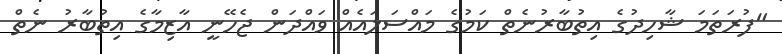
"ފުރަތަމަ ޝާހިދުގެ އިތުބާރުނެތް ކަމުގެ މައްސަލައެއް ވައްދަން ޖެހޭނީ އާޒިމާގެ އިތުބާރު ނެތް